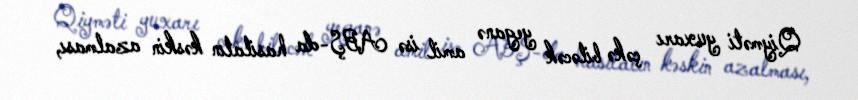
Qiyməti yuxarı çəkə biləcək yeganə amil isə ABŞ-da hasilatın kəskin azalması,